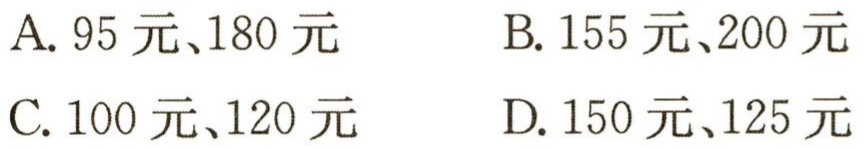
A. 95 元、180 元

B. 155 元、200 元

C. 100 元、120 元

D. 150 元、125 元